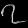
Digit: ၇